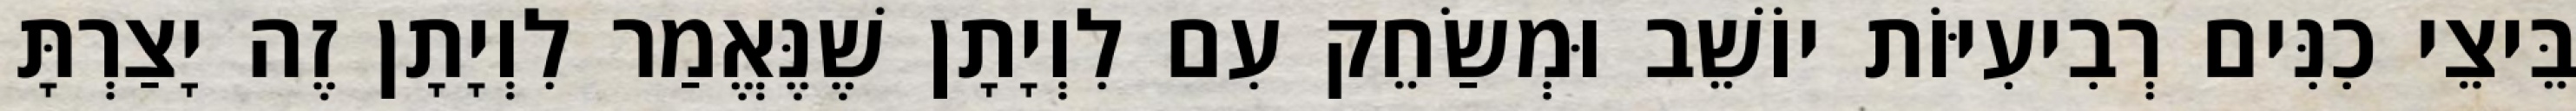
בֵּיצֵי כִנִּים רְבִיעִיּוֹת יוֹשֵׁב וּמְשַׂחֵק עִם לִוְיָתָן שֶׁנֶּאֱמַר לִוְיָתָן זֶה יָצַרְתָּ